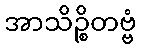
အာသိဉ္စိတဗ္ဗံ